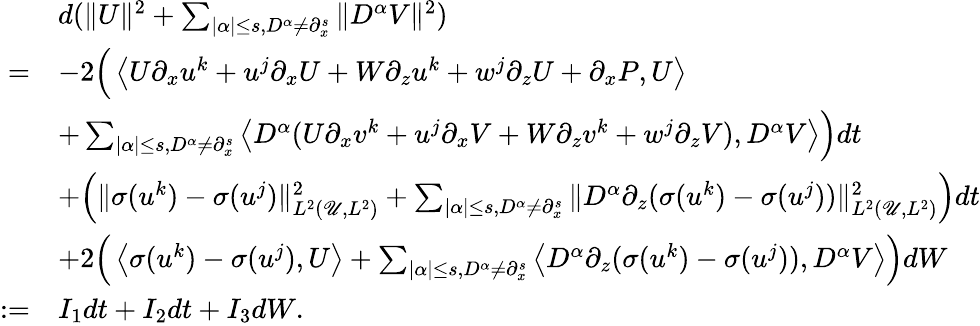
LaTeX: \begin{array}{rl}&{d(\| U\| ^{2}+\sum_{|\alpha|\leq s,D^{\alpha}\neq\partial_{x}^{s}}\| D^{\alpha}V\| ^{2})}\\ {=}&{-2\Big(\left\langle U\partial_{x}u^{k}+u^{j}\partial_{x}U+W\partial_{z}u^{k}+w^{j}\partial_{z}U+\partial_{x}P,U\right\rangle}\\ &{+\sum_{|\alpha|\leq s,D^{\alpha}\neq\partial_{x}^{s}}\left\langle D^{\alpha}(U\partial_{x}v^{k}+u^{j}\partial_{x}V+W\partial_{z}v^{k}+w^{j}\partial_{z}V),D^{\alpha}V\right\rangle\Big)dt}\\ &{+\Big(\| \sigma(u^{k})-\sigma(u^{j})\| _{L^{2}(\mathscr U,L^{2})}^{2}+\sum_{|\alpha|\leq s,D^{\alpha}\neq\partial_{x}^{s}}\| D^{\alpha}\partial_{z}(\sigma(u^{k})-\sigma(u^{j}))\| _{L^{2}(\mathscr U,L^{2})}^{2}\Big)dt}\\ &{+2\Big(\left\langle\sigma(u^{k})-\sigma(u^{j}),U\right\rangle+\sum_{|\alpha|\leq s,D^{\alpha}\neq\partial_{x}^{s}}\left\langle D^{\alpha}\partial_{z}(\sigma(u^{k})-\sigma(u^{j})),D^{\alpha}V\right\rangle\Big)dW}\\ {:=}&{I_{1}dt+I_{2}dt+I_{3}dW.}\end{array}